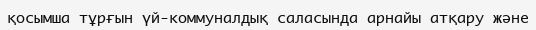
қосымша тұрғын үй-коммуналдық саласында арнайы атқару және